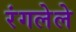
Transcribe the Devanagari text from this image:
रंगलेले